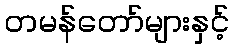
တမန်တော်များနှင့်